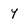
Character: 4